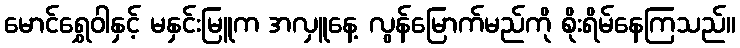
မောင်ရွှေဝါနှင့် မနှင်းမြူက အလှူနေ့ လွန်မြောက်မည်ကို စိုးရိမ်နေကြသည်။